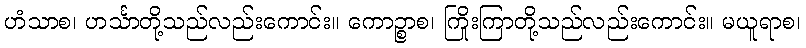
ဟံသာစ၊ ဟင်္သာတို့သည်လည်းကောင်း။ ကောဉ္စာစ၊ ကြိုးကြာတို့သည်လည်းကောင်း။ မယူရာစ၊